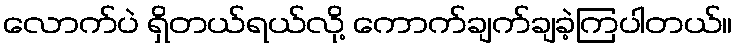
လောက်ပဲ ရှိတယ်ရယ်လို့ ကောက်ချက်ချခဲ့ကြပါတယ်။